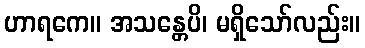
ဟာရကေ။ အသန္တေပိ၊ မရှိသော်လည်း။